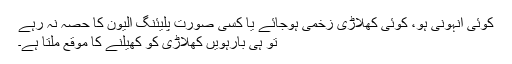
کوئی انہونی ہو، کوئی کھلاڑی زخمی ہوجائے یا کسی صورت پلیئنگ الیون کا حصہ نہ رہے
تو ہی بارہویں کھلاڑی کو کھیلنے کا موقع ملتا ہے۔